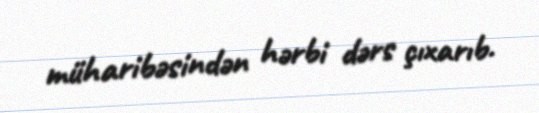
müharibəsindən hərbi dərs çıxarıb.